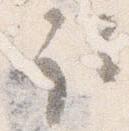
取